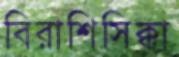
বিরাশিসিক্কা